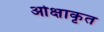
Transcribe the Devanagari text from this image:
ओक्षाकृत